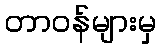
တာဝန်များမှ